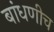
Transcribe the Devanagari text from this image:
बांधणीच